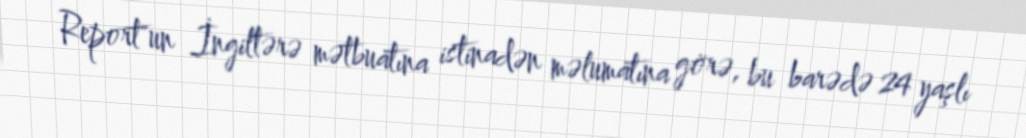
Report"un İngiltərə mətbuatına istinadən məlumatına görə, bu barədə 24 yaşlı